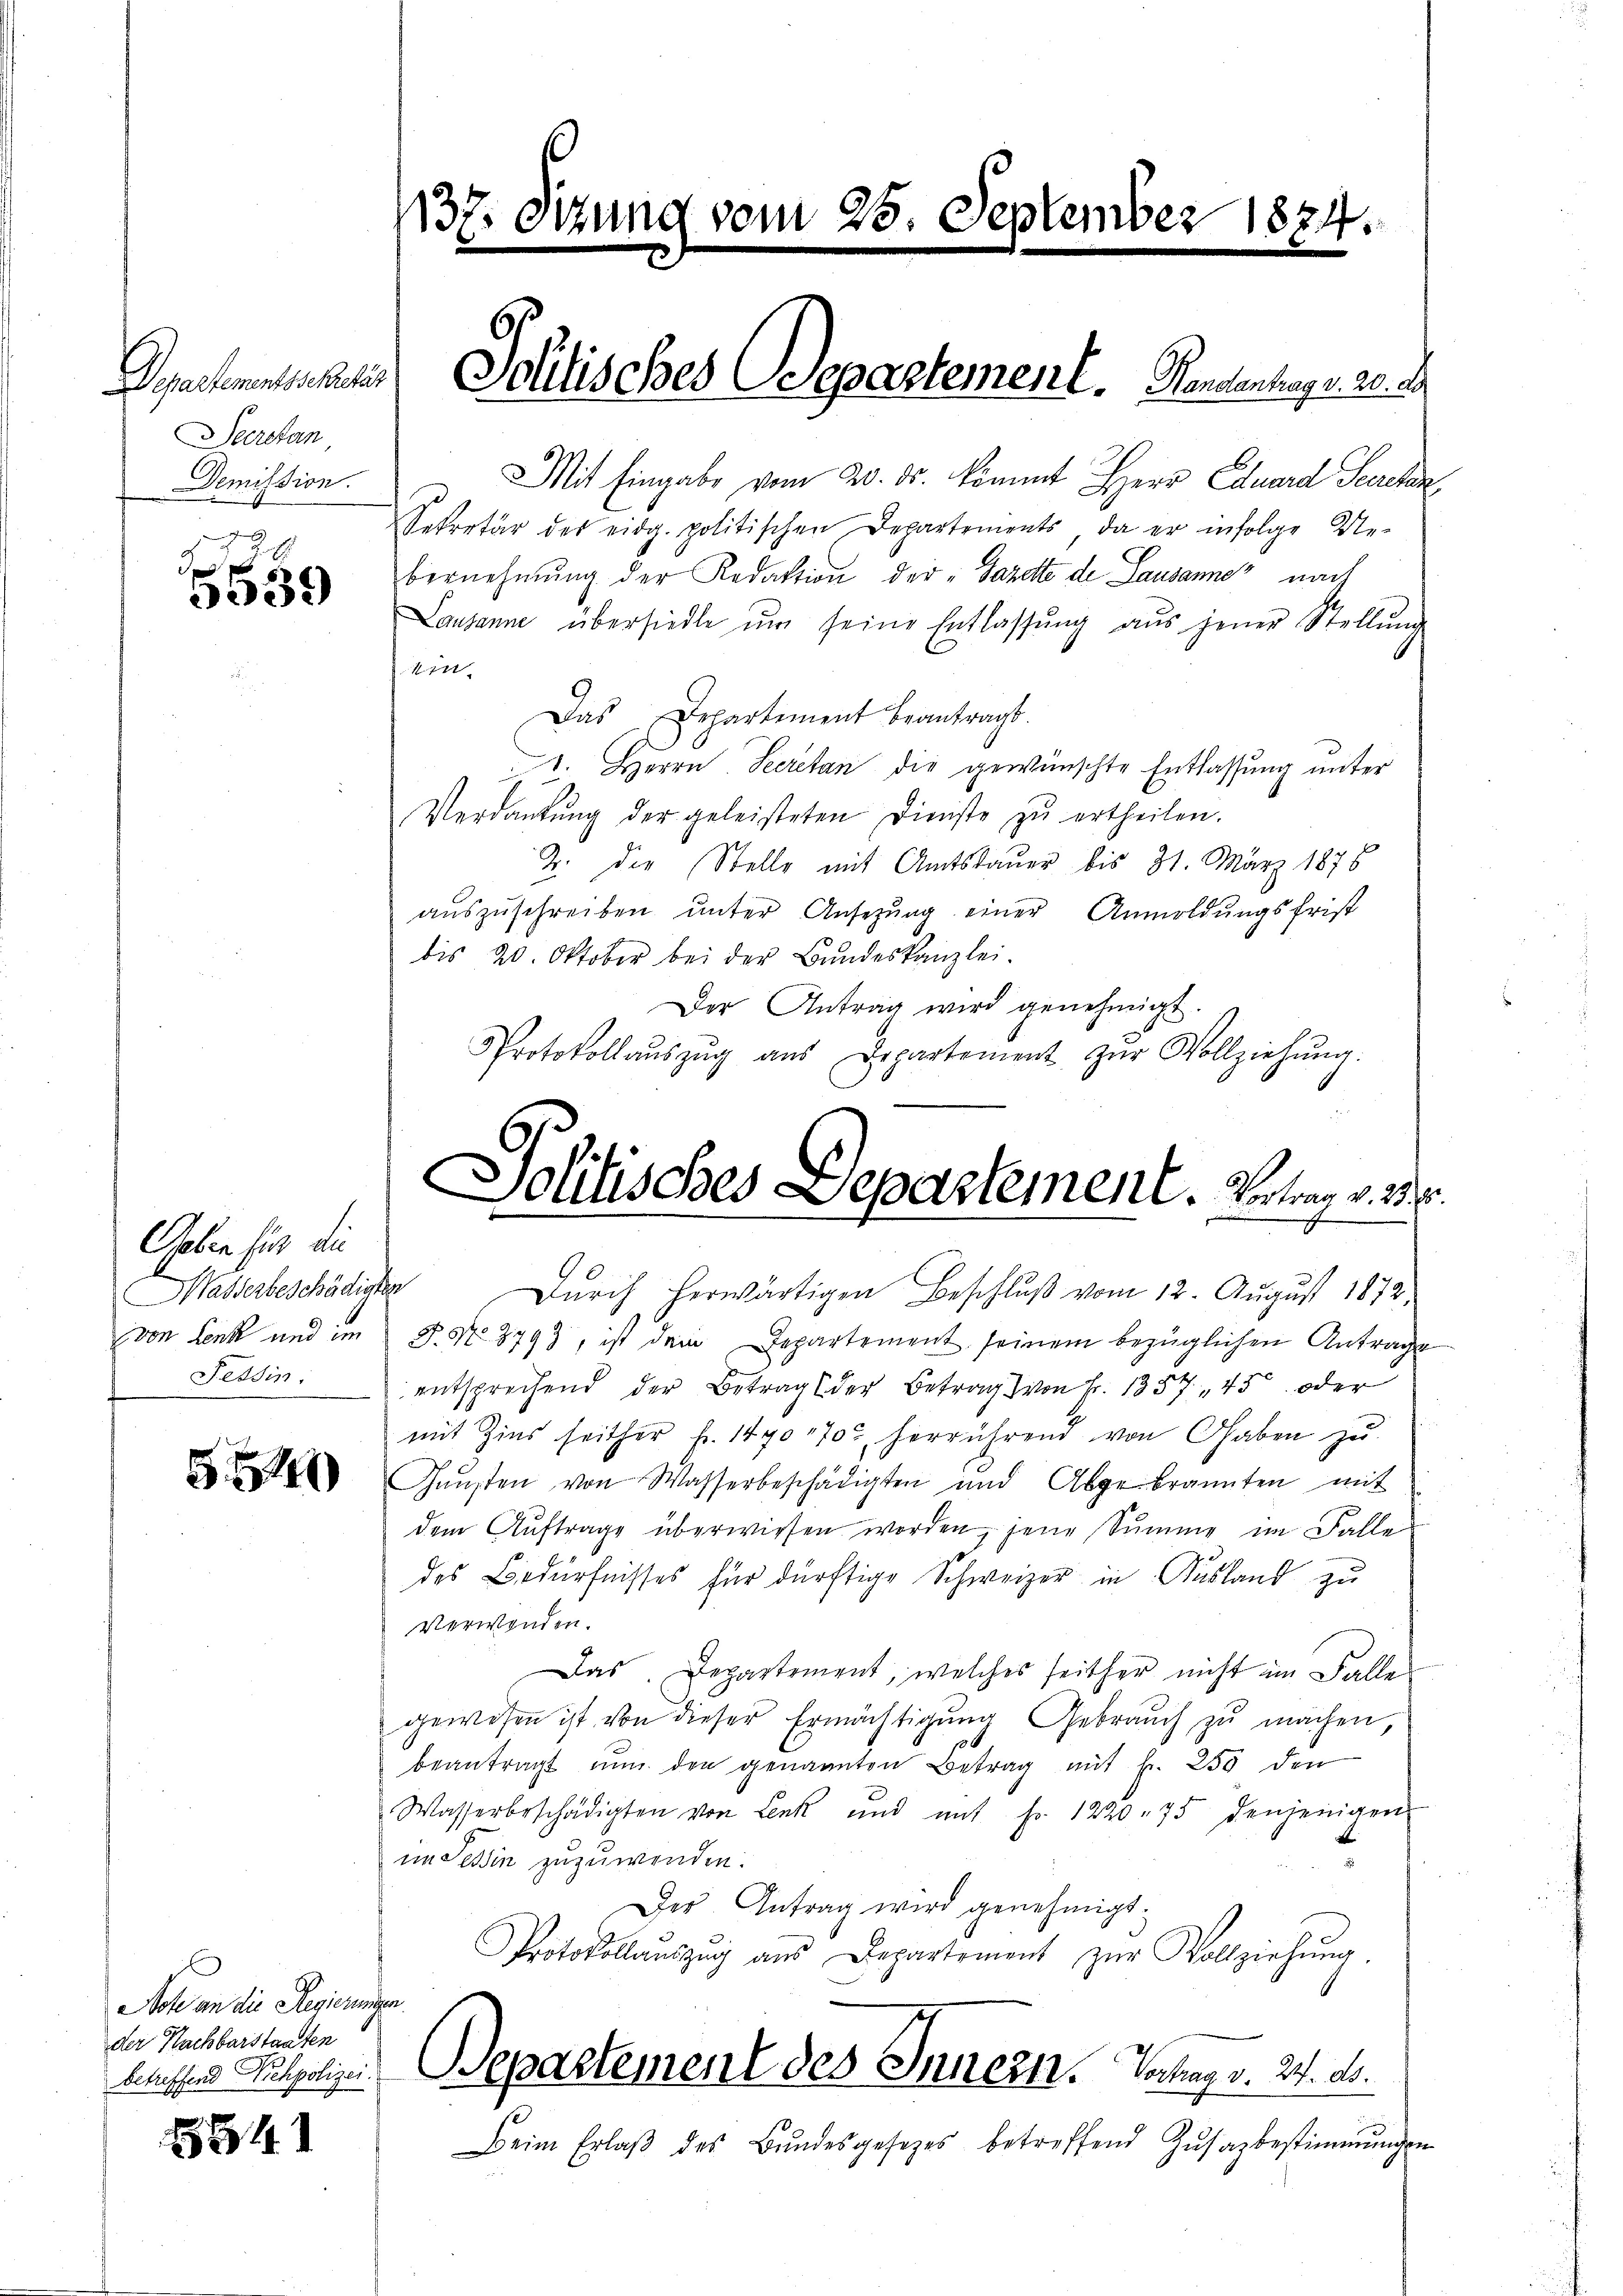
Departementscheter
Seerstan
Demission.
2

x
335)

Geben für die
Wasserbeschädigten
Tessin:

49

Nohl an die Regierungen.
der Nachbarstaaten

5841

Mit Eingabe vom 20. ds. kommt Herr Eduard Secretan,
Sekretär des eidg. politischen Departements, da er infolge Ue-
bernehmung der Redaktion der „Sazette de Lausannes nach
Lausanne übersiedle ŭm seine Entlassŭng aŭs jener Stellŭng
kin
Das Departement beantragt.
1. Herrn Secretan, die gewünschte Entlassung unter
Verdankŭng der geleisteten Dienste zŭ ertheilen.
Z. der Stelle mit Amtsdauer bis 31. März 1876
aŭszŭschreiben ŭnter Ansezung einer Anmeldungsfrist
bis 20. Oktober bei der Bundeskanzlei.
Der Antrag wird genehmigt.
Protokollaŭszŭg aŭs Departement zŭr Vollziehŭng.

1137. Sizung vom 25. September 1874.

Schilisches Separtement. Handenhang s. 20. d.

Jolitisches Departement. Vertrag v. 3. p.

Durch herwärtigen Beschluß vom 12. August 1872.
von Lenk und im  P. Nr. 8793, ist dem Departement seinem bezüglichen Antrage
entsprechend der Betrag der Betrag von Fr. 1357, 45. oder
mit Zins seither fr. 1490 1702 herrührend von Gaben zu
Gaŭsten von Wasserbeschädigten und Abgebrannten mit
dem Auftrage überwiesen worden, jene Summe im Falle
des Bedürfnisses für dürftige Schweizer in Ausland zu
verwenden.
Das. Departement, welches seither nicht im Falle
gewesen ist von dieser Ermächtigŭng Gebraŭch zŭ machen,
3
beantragt nŭn den genannten Betrag mit fr. 250 den
Wasserbeschädigten von Lenk und mit Fr. 1220. 75 denjenigen
im Tessin zuzuwenden.
Der Antrag wird genehmigt.
Protokollaŭszŭg aŭs Departement zŭr Vollziehŭng.
blassend Puchpolizei. Separtement des Innern. Verhag v. 24. ds.
Beim Erlaβ des Bŭndesgesetzes betreffend Zŭsatbestimmungen